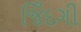
જિઁદગી